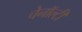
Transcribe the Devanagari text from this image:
चेनॉल्टी